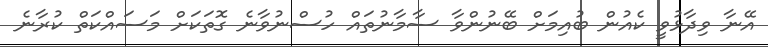
އޭނާ ވިދާޅުވީ ކެއުން ބުއިމަށް ބޭނުންވާ ސާމާނުތައް ހުސްނުވާނެ ގޮތަކަށް މަސައްކަތް ކުރާނެ